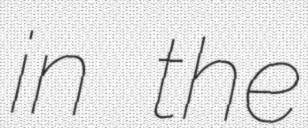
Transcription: in the